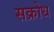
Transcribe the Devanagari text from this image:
सक्रोध